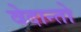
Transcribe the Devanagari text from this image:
वेदान्तो